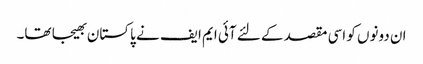
ان دونوں کو اسی مقصد کے لئے آئی ایم ایف نے پاکستان بھیجا تھا۔